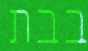
בבת